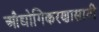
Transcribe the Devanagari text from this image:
औद्योगिकरणासाठी